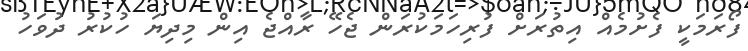
ފޯރަމަކީ ފެށުމެއް އިތުރަށް ފުރިހަމަކުރަން ޖެހޭ ރާއްޖެ އިން މިދިޔަ ހުކުރު ދުވަހު